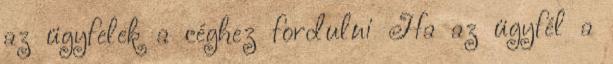
az ügyfelek a céghez fordulni Ha az ügyfél a